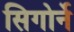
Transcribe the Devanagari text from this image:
सिगोर्ने